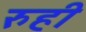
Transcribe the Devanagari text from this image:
रुही